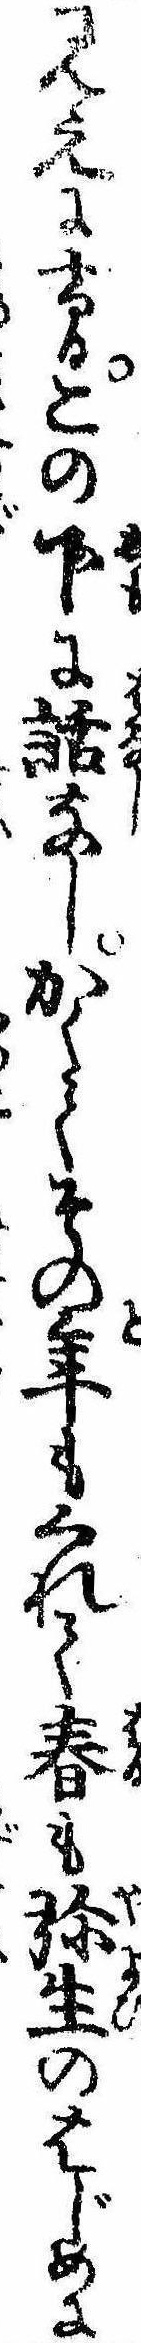
見えにけるこの下に話なしかくてその年もくれて春も弥生のはじめに